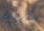
بكرامة